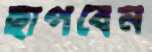
ছাপবেন